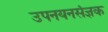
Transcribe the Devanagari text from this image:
उपनयनसंज्ञक